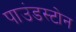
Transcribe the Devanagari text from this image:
पाउंडस्टोन